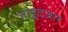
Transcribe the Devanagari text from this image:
नाइटजार